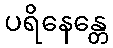
ပရိနေန္တေ